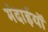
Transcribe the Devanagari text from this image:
मंदाईयों